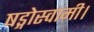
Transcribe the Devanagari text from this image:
षड्गोस्वामी।